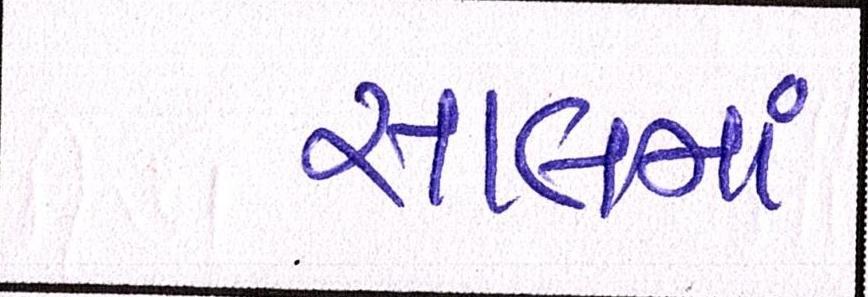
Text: સાલમાં